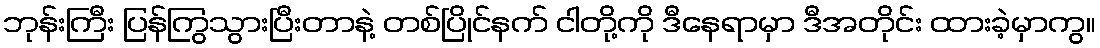
ဘုန်းကြီး ပြန်ကြွသွားပြီးတာနဲ့ တစ်ပြိုင်နက် ငါတို့ကို ဒီနေရာမှာ ဒီအတိုင်း ထားခဲ့မှာကွ။